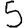
Digit: 5